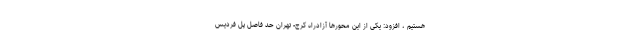
هستیم ، افزود: یکی از این محورها آزادراه کرج- تهران حد فاصل پل فردیس